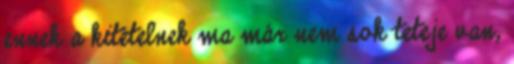
ennek a kitételnek ma már nem sok teteje van,